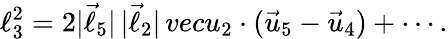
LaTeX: \ell_{3}^{2}=2|\vec{\ell}_{5}|\, |\vec{\ell}_{2}|\, vecu_{2}\cdot(\vec{u}_{5}-\vec{u}_{4})+\cdots.